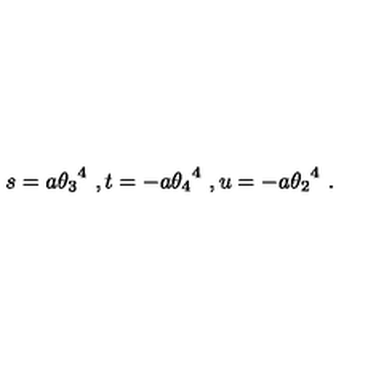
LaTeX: s = a { \theta _ { 3 } } ^ { 4 } \ , t = - a { \theta _ { 4 } } ^ { 4 } \ , u = - a { \theta _ { 2 } } ^ { 4 } \ .